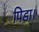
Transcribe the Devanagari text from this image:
पिडा।